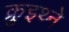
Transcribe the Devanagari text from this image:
क्रुइथ्ने